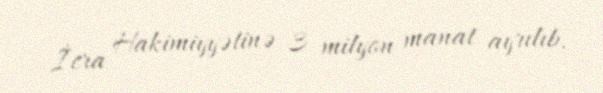
İcra Hakimiyyətinə 3 milyon manat ayrılıb.